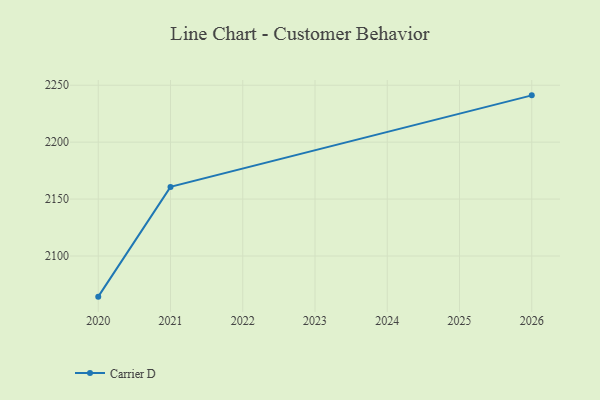
{"axis": {"x": "Year", "y": "LTV (USD)"}, "legend": ["Carrier D"], "data": [{"x": "2020", "y": 2064.3, "type": "Carrier D"}, {"x": "2021", "y": 2160.7, "type": "Carrier D"}, {"x": "2026", "y": 2241.1, "type": "Carrier D"}]}